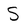
Character: S